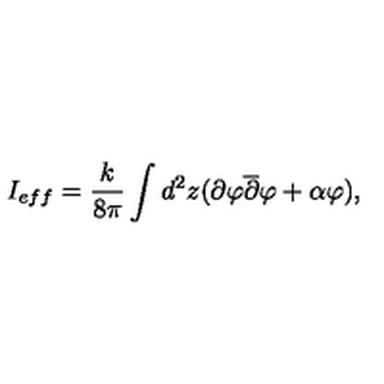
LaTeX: I _ { e f f } = \frac { k } { 8 \pi } \int d ^ { 2 } z ( \partial \varphi \overline { { \partial } } \varphi + \alpha \varphi ) ,